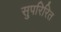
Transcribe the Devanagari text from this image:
सुपरिरित